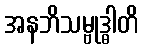
အနဘိသမ္ဗုဒ္ဓါတိ